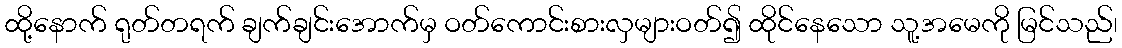
ထို့နောက် ရုတ်တရက် ချက်ချင်းအောက်မှ ဝတ်ကောင်းစားလှများဝတ်၍ ထိုင်နေသော သူ့အမေကို မြင်သည်၊